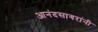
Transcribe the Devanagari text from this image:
आनंदसागरांनी